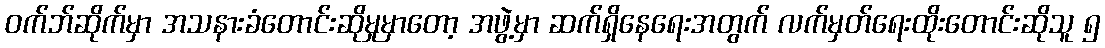
ဝက်ဘ်ဆိုက်မှာ အသနားခံတောင်းဆိုမှုမှာတော့ အဖွဲ့မှာ ဆက်ရှိနေရေးအတွက် လက်မှတ်ရေးထိုးတောင်းဆိုသူ ၅